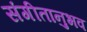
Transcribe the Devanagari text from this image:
संगीतानुभव